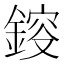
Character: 𨨿